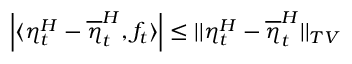
\left| \langle \eta _ { t } ^ { H } - \overline { { \eta } } _ { t } ^ { H } , f _ { t } \rangle \right| \leq | | \eta _ { t } ^ { H } - \overline { { \eta } } _ { t } ^ { H } | | _ { T V }